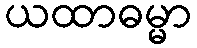
ယထာဓမ္မာ